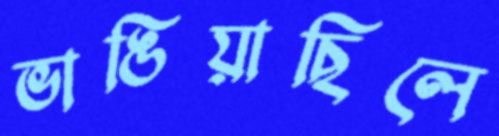
ভাঙিয়াছিলে